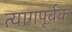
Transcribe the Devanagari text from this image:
त्यागपूर्वक